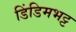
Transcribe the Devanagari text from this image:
डिंडिमभट्ट